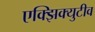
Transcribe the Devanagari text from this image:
एक्झिक्युटीव